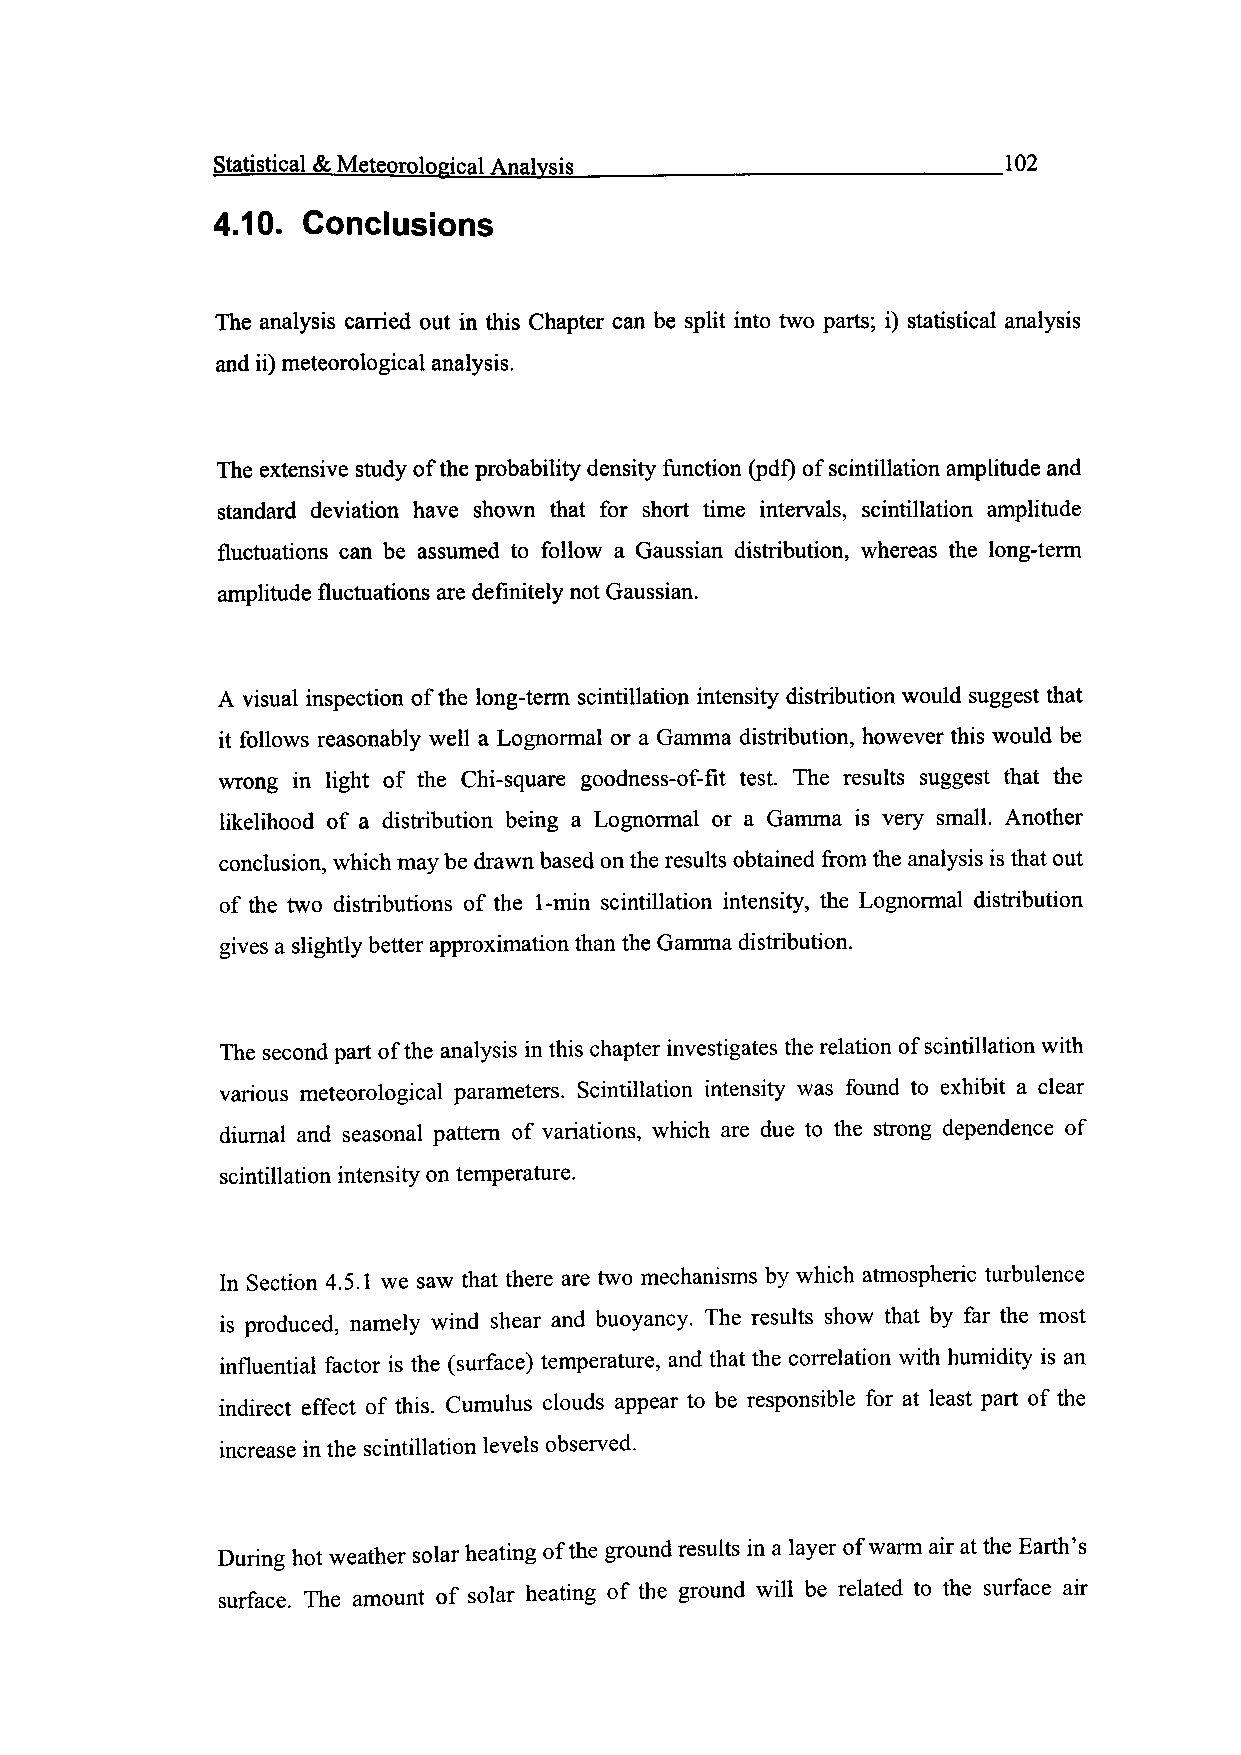
Statistical & Meteorological Analysis_________________________102
 4.10. Conclusions
 The analysis carried out in this Chapter can be split into two parts; i) statistical analysis
 and ii) meteorological analysis.
 The extensive study of the probability density function (pdf) of scintillation amplitude and
 standard deviation have shown that for short time intervals, scintillation amplitude
 fluctuations can be assumed to follow a Gaussian distribution, whereas the long-term
 amplitude fluctuations are definitely not Gaussian.
 A visual inspection of the long-term scintillation intensity distribution would suggest that
 it follows reasonably well a Lognormal or a Gamma distribution, however this would be
 wrong in light of the Chi-square goodness-of-fit test. The results suggest that the
 likelihood of a distribution being a Lognormal or a Gamma is very small. Another
 conclusion, which may be drawn based on the results obtained from the analysis is that out
 of the two distributions of the 1-min scintillation intensity, the Lognormal distribution
 gives a slightly better approximation than the Gamma distribution.
 The second part of the analysis in this chapter investigates the relation of scintillation with
 various meteorological parameters. Scintillation intensity was found to exhibit a clear
 diurnal and seasonal pattern of variations, which are due to the strong dependence of
 scintillation intensity on temperature.
 In Section 4.5.1 we saw that there are two mechanisms by which atmospheric turbulence
 is produced, namely wind shear and buoyancy. The results show that by far the most
 influential factor is the (surface) temperature, and that the correlation with humidity is an
 indirect effect of this. Cumulus clouds appear to be responsible for at least part of the
 increase in the scintillation levels observed.
 During hot weather solar heating of the ground results in a layer of warm air at the Earth's
 surface. The amount of solar heating of the ground will be related to the surface air